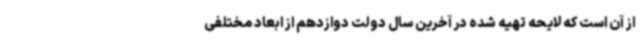
از آن است که لایحه تهیه شده در آخرین سال دولت دوازدهم از ابعاد مختلفی